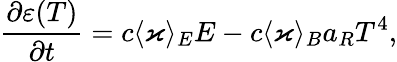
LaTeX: \frac{\partial\varepsilon(T)}{\partial t}=c\langle\varkappa\rangle_{E}E-c\langle\varkappa\rangle_{B}a_{R}T^{4},